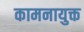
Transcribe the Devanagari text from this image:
कामनायुक्त